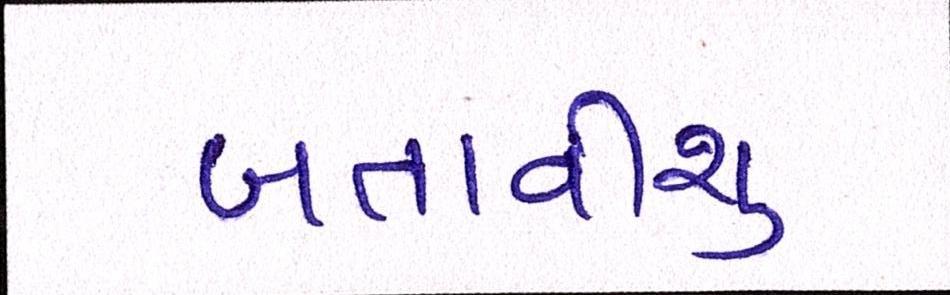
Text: બતાવીશુ